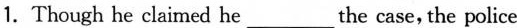
1. Though he claimed he___the case, the police